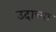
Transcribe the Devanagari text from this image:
उदाच्या